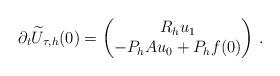
LaTeX: \begin{align*}\partial_t \widetilde U_{\tau,h} (0) = \begin{pmatrix} R_h u_1 \\ - P_h A u_0 + P_h f(0)\end{pmatrix}\,.\end{align*}